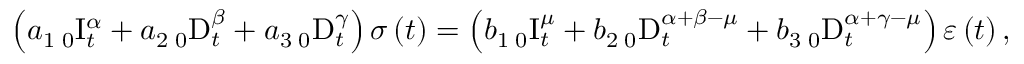
\left( a _ { 1 } \, _ { 0 } \mathrm { I } _ { t } ^ { \alpha } + a _ { 2 } \, _ { 0 } \mathrm { D } _ { t } ^ { \beta } + a _ { 3 } \, _ { 0 } \mathrm { D } _ { t } ^ { \gamma } \right) \sigma \left( t \right) = \left( b _ { 1 } \, _ { 0 } \mathrm { I } _ { t } ^ { \mu } + b _ { 2 } \, _ { 0 } \mathrm { D } _ { t } ^ { \alpha + \beta - \mu } + b _ { 3 } \, _ { 0 } \mathrm { D } _ { t } ^ { \alpha + \gamma - \mu } \right) \varepsilon \left( t \right) ,